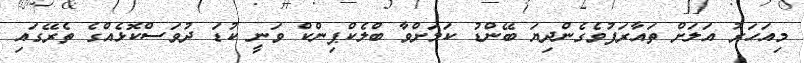
މިއަހަރު އަަލަށް ތައާރަފުވެގެންދިޔަ ބޭންޑު ކަމަށްވާ ބްލެކްޕިންކް ވަނީ ކުޑަ ދުވަސްކޮޅެއްގެ ތެރޭގައި